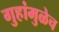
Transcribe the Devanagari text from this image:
गुहांमुळेच